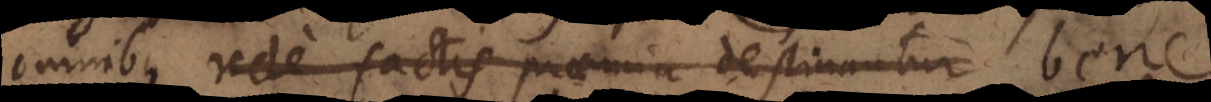
omnibus recte factis praemia destinantur bene